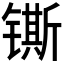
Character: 𰾴